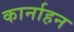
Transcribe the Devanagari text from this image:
कार्नाहन